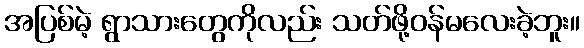
အပြစ်မဲ့ ရွာသားတွေကိုလည်း သတ်ဖို့ဝန်မလေးခဲ့ဘူး။